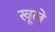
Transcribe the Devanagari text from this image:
खूले